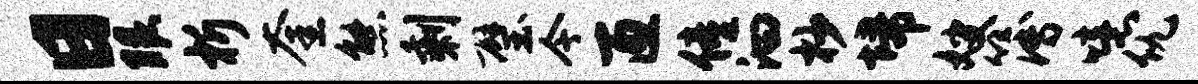
日眼析奎熊剩璧今匝僮汩杪埽嫂簿噫仇